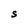
Character: S